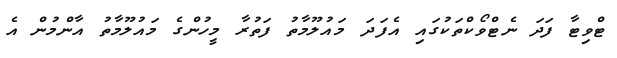
ޓްވިޓާ ފަދަ ނެޓްވޯކްތަކުގައި އެފަދަ މައުލޫމާތު ފަތުރާ މީހުންގެ މައުލޫމާތު އާންމުން އެ